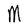
Character: M